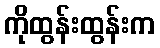
ကိုထွန်းထွန်းက